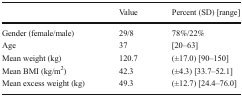
<table><thead><tr><td></td><td><b>Value</b></td><td><b>Percent (SD) [range]</b></td></tr></thead><tbody><tr><td>Gender (female/male)</td><td>29/8</td><td>78%/22%</td></tr><tr><td>Age</td><td>37</td><td>[20–63]</td></tr><tr><td>Mean weight (kg)</td><td>120.7</td><td>(±17.0) [90–150]</td></tr><tr><td>Mean BMI (kg/m<sup>2</sup>)</td><td>42.3</td><td>(±4.3) [33.7–52.1]</td></tr><tr><td>Mean excess weight (kg)</td><td>49.3</td><td>(±12.7) [24.4–76.0]</td></tr></tbody></table>